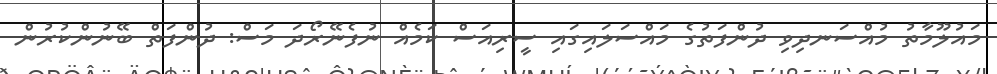
މައުލޫމާތު މުއްސަނދިވި ދުންފަތުގެ މައްސަލައިގައި ސީރިއަސް ކަމެއް ނުފެނޭރޯދަ މަސް: ދުންފަތް ބޭނުންކުރުން